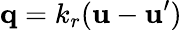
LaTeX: \boldsymbol{\mathbf{q}}=k_{r}(\boldsymbol{\mathbf{u}}-\boldsymbol{\mathbf{u}}^{\prime})